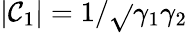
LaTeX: |\mathcal{C}_{1}|=1/\sqrt{}{{\gamma_{1}\gamma_{2}}}